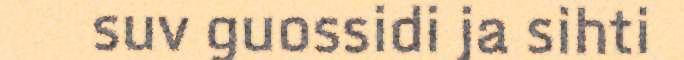
suv guossidi ja sihti